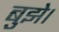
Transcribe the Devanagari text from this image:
बुझे।